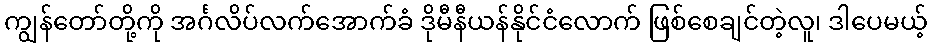
ကျွန်တော်တို့ကို အင်္ဂလိပ်လက်အောက်ခံ ဒိုမီနီယန်နိုင်ငံလောက် ဖြစ်စေချင်တဲ့လူ၊ ဒါပေမယ့်